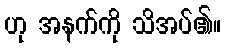
ဟု အနက်ကို သိအပ်၏။